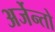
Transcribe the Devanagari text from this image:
अर्जेन्तो